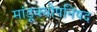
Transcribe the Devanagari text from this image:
मांडूक्योपनिषद